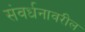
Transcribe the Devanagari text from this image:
संवर्धनावरील